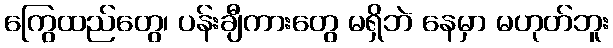
ကြွေထည်တွေ၊ ပန်းချီကားတွေ မရှိဘဲ နေမှာ မဟုတ်ဘူး